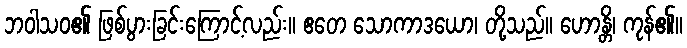
ဘဝါသဝ၏ ဖြစ်ပွားခြင်းကြောင့်လည်း။ ဧတေ သောကာဒယော၊ တို့သည်။ ဟောန္တိ၊ ကုန်၏။